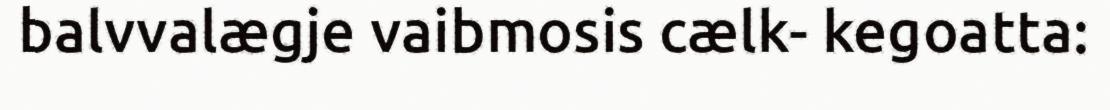
balvvalægje vaibmosis cælk- kegoatta: